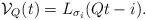
LaTeX: \begin{align*} {\mathcal V}_Q(t) = L_{\sigma_i}(Qt-i).\end{align*}